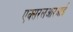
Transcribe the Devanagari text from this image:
एक्सरलआरआर्इ